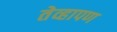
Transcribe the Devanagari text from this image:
तेव्हापण